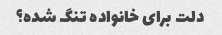
دلت برای خانواده تنگ شده؟